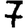
Digit: 7